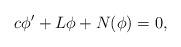
LaTeX: \begin{align*}c\phi' +L\phi+N(\phi) = 0,\end{align*}